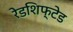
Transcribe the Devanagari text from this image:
रेडशिफ्टेड